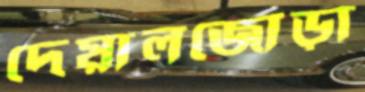
দেয়ালজোড়া